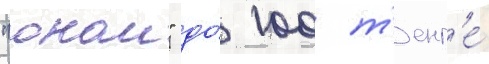
"онаи" до́ 100 т'енг'е́